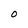
Character: 0